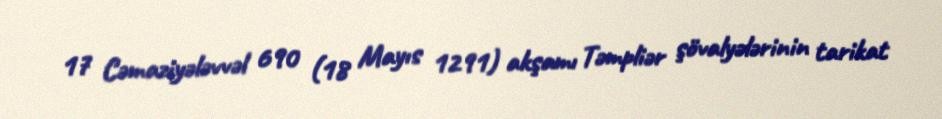
17 Cəmaziyələvvəl 690 (18 Mayıs 1291) akşamı Təmpliər şövalyələrinin tarikat